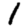
Digit: 1